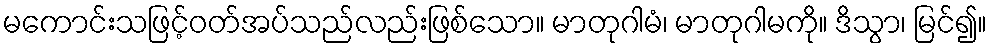
မကောင်းသဖြင့်ဝတ်အပ်သည်လည်းဖြစ်သော။ မာတုဂါမံ၊ မာတုဂါမကို။ ဒိသွာ၊ မြင်၍။